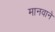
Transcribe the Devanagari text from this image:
मानवानें